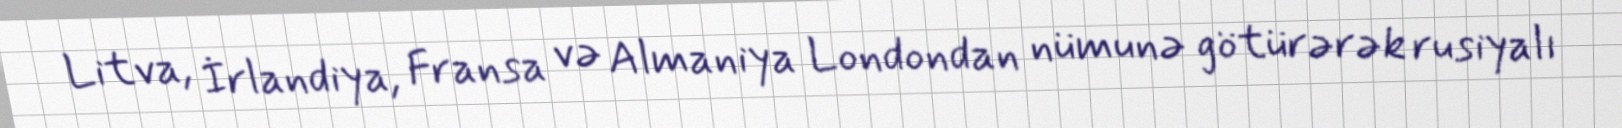
Litva, İrlandiya, Fransa və Almaniya Londondan nümunə götürərək rusiyalı